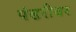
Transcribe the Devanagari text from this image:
पंढरीवर